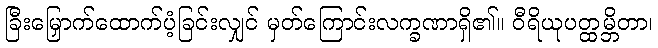
ခြီးမြှောက်ထောက်ပံ့ခြင်းလျှင် မှတ်ကြောင်းလက္ခဏာရှိ၏။ ဝီရိယုပတ္ထမ္ဘိတာ၊